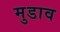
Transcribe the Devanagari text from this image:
मुडाव